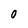
Character: O